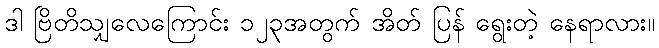
ဒါ ဗြိတိသျှလေကြောင်း ၁၂၃အတွက် အိတ် ပြန် ရွေးတဲ့ နေရာလား။